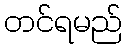
တင်ရမည်